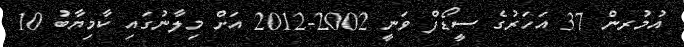
އުމުރން 37 އަހަރުގެ ސީޑޯފް ވަނީ 2002-2012 އަށް މިލާނުގައި ކާމިޔާބު 10